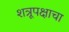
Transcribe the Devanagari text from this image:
शत्रूपक्षाचा